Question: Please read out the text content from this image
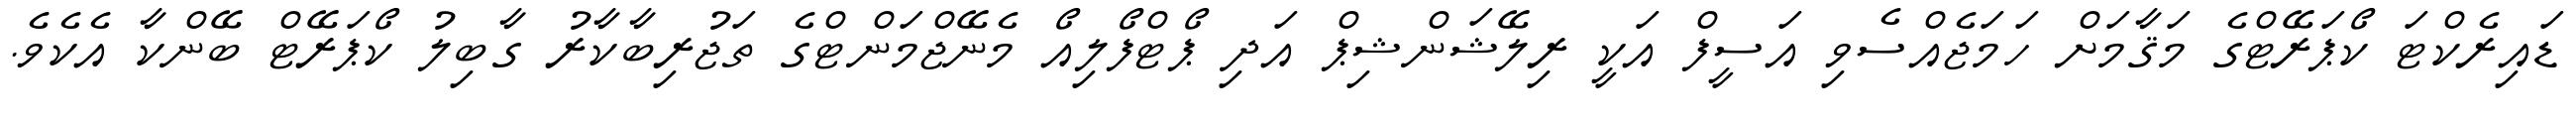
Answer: ޑައިރެކްޓަ ކޯޕަރޭޓްގެ މަޤާމަށް ހަމަޖެއްސެވި އަސީފް އަކީ ރިލޭޝަންޝިޕް އަދި ޕޯޓްފޯލިއޯ މެނޭޖްމަންޓްގެ ތަޖުރިބާކާރު ގާބިލު ކޯޕަރޭޓް ބޭންކާ އެކެވެ.